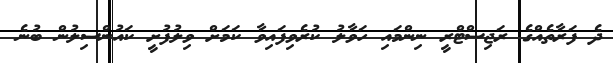
ދެ ފަރާތެއްގެ ރަޖިސްޓްރީ ނިންމައި ހަވާލު ކުރެވިފައިވާ ކަމަށް ވިލުފުށީ ކައުންސިލުން ބުނެ